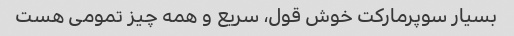
بسیار سوپرمارکت خوش قول، سریع و همه چیز تمومی هست